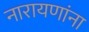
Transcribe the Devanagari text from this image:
नारायणांना